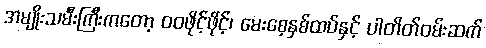
အမျိုးသမီးကြီးကတော့ ဝဝဖိုင့်ဖိုင့်၊ မေးစေ့နှစ်ထပ်နှင့် ပါတိတ်ဝမ်းဆက်